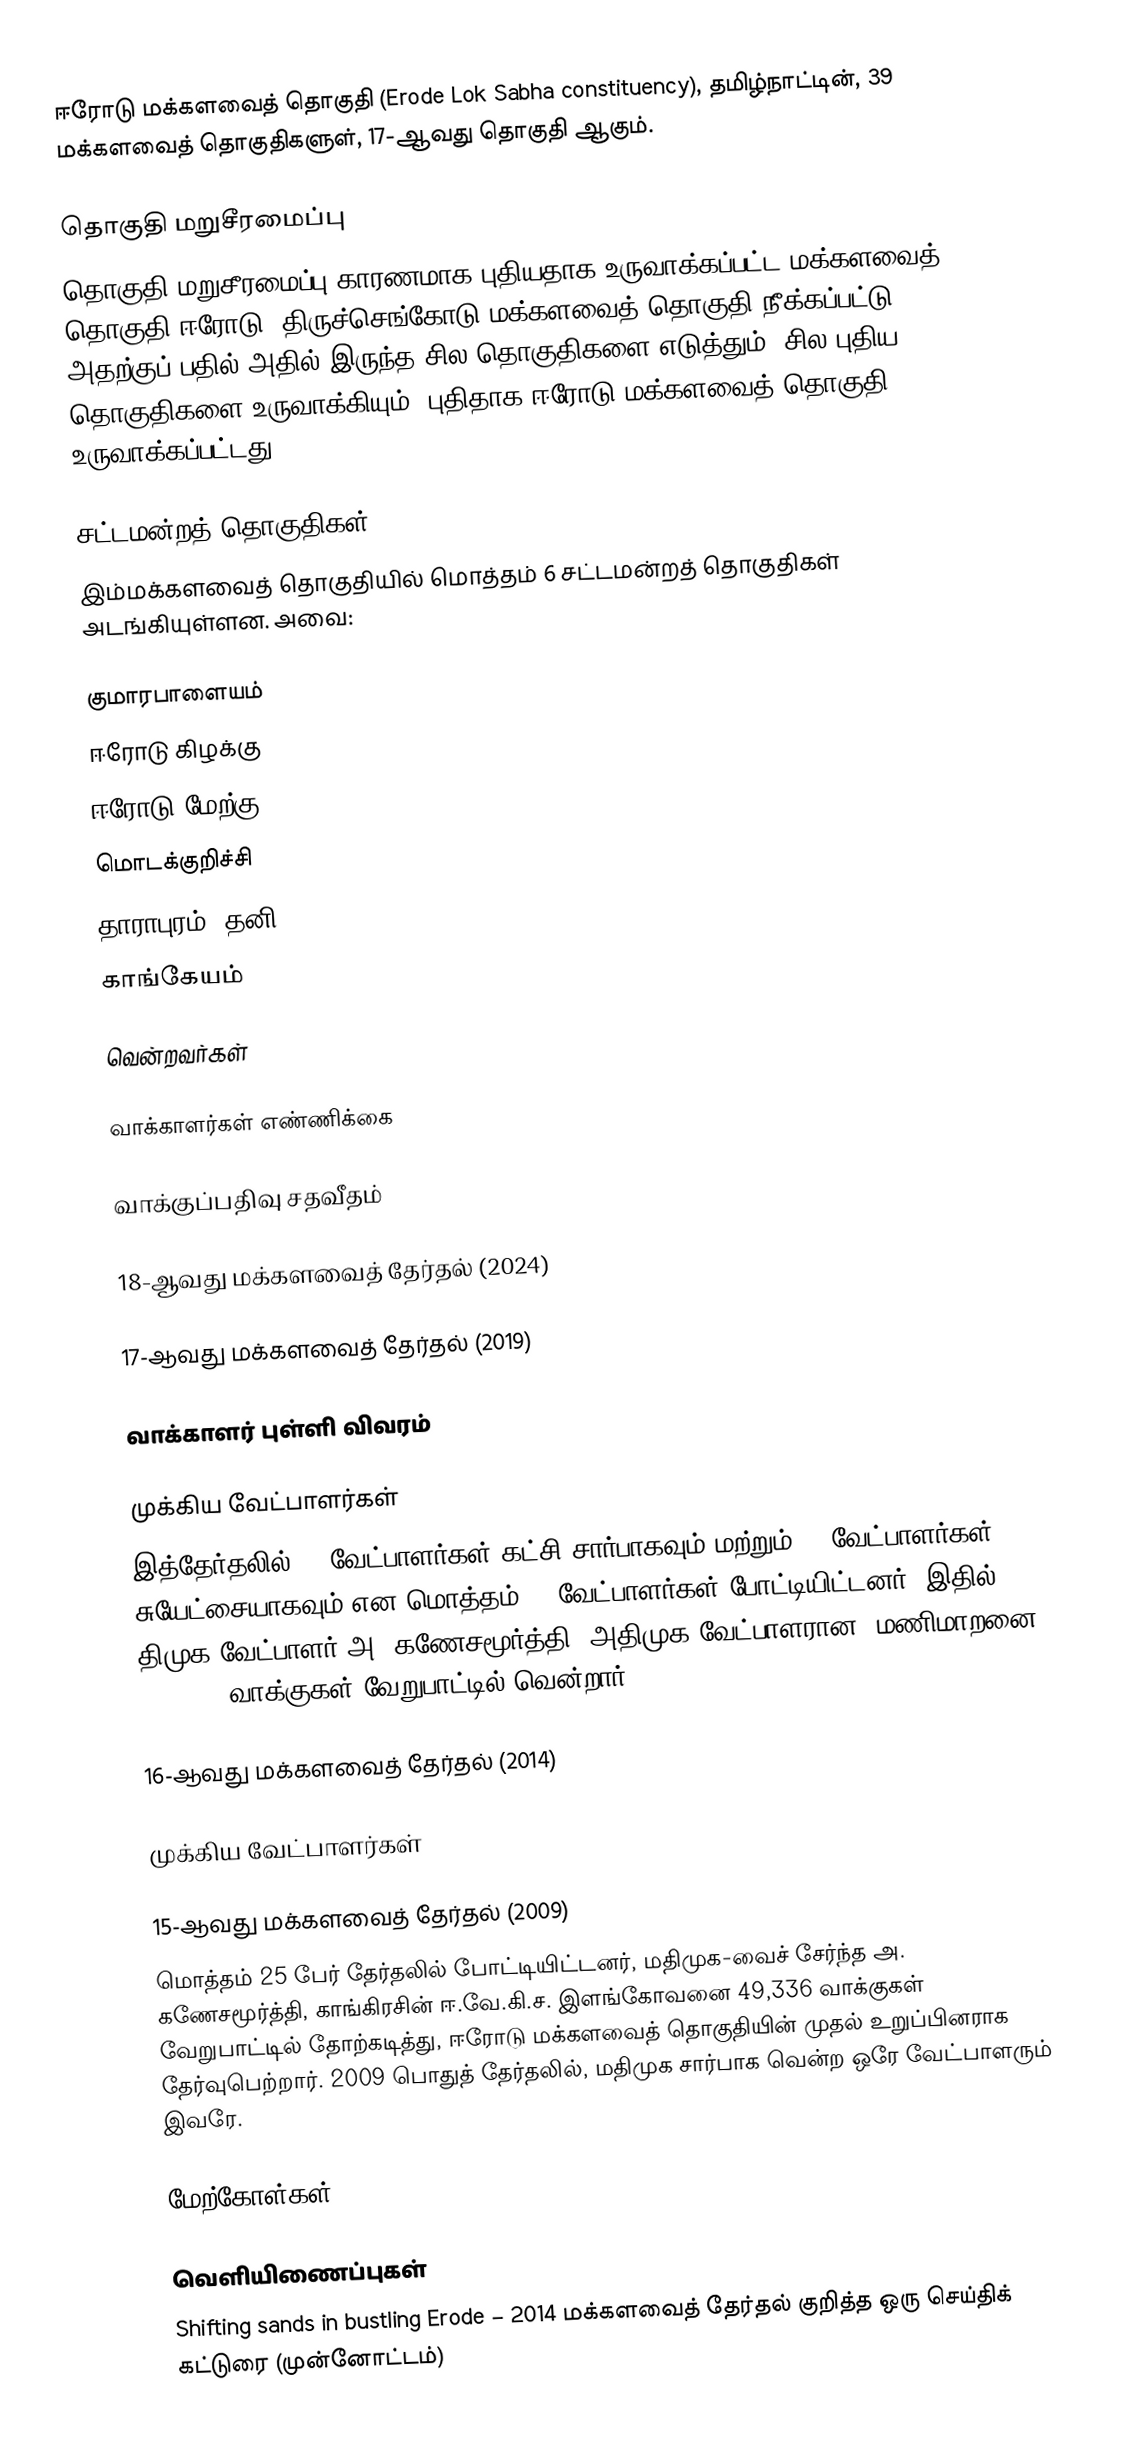
ஈரோடு மக்களவைத் தொகுதி (Erode Lok Sabha constituency), தமிழ்நாட்டின், 39 மக்களவைத் தொகுதிகளுள், 17-ஆவது தொகுதி ஆகும்.

தொகுதி மறுசீரமைப்பு
தொகுதி மறுசீரமைப்பு காரணமாக புதியதாக உருவாக்கப்பட்ட மக்களவைத் தொகுதி ஈரோடு. திருச்செங்கோடு மக்களவைத் தொகுதி நீக்கப்பட்டு அதற்குப் பதில் அதில் இருந்த சில தொகுதிகளை எடுத்தும், சில புதிய தொகுதிகளை உருவாக்கியும், புதிதாக ஈரோடு மக்களவைத் தொகுதி உருவாக்கப்பட்டது.

சட்டமன்றத் தொகுதிகள்
இம்மக்களவைத் தொகுதியில் மொத்தம் 6 சட்டமன்றத் தொகுதிகள் அடங்கியுள்ளன. அவை:

 குமாரபாளையம்
 ஈரோடு கிழக்கு
 ஈரோடு மேற்கு
 மொடக்குறிச்சி
 தாராபுரம் (தனி)
 காங்கேயம்

வென்றவர்கள்

வாக்காளர்கள் எண்ணிக்கை

வாக்குப்பதிவு சதவீதம்

18-ஆவது மக்களவைத் தேர்தல் (2024)

17-ஆவது மக்களவைத் தேர்தல் (2019)

வாக்காளர் புள்ளி விவரம்

முக்கிய வேட்பாளர்கள்
இத்தேர்தலில், 7 வேட்பாளர்கள் கட்சி சார்பாகவும் மற்றும் 13 வேட்பாளர்கள் சுயேட்சையாகவும் என மொத்தம் 30 வேட்பாளர்கள் போட்டியிட்டனர். இதில் திமுக வேட்பாளர் அ. கணேசமூர்த்தி, அதிமுக வேட்பாளரான, மணிமாறனை 2,10,618 வாக்குகள் வேறுபாட்டில் வென்றார்.

16-ஆவது மக்களவைத் தேர்தல் (2014)

முக்கிய வேட்பாளர்கள்

15-ஆவது மக்களவைத் தேர்தல் (2009)
மொத்தம் 25 பேர் தேர்தலில் போட்டியிட்டனர், மதிமுக-வைச் சேர்ந்த அ. கணேசமூர்த்தி, காங்கிரசின் ஈ.வே.கி.ச. இளங்கோவனை 49,336 வாக்குகள் வேறுபாட்டில் தோற்கடித்து, ஈரோடு மக்களவைத் தொகுதியின் முதல் உறுப்பினராக தேர்வுபெற்றார். 2009 பொதுத் தேர்தலில், மதிமுக சார்பாக வென்ற ஒரே வேட்பாளரும் இவரே.

மேற்கோள்கள்

வெளியிணைப்புகள்
 Shifting sands in bustling Erode – 2014 மக்களவைத் தேர்தல் குறித்த ஒரு செய்திக் கட்டுரை (முன்னோட்டம்)